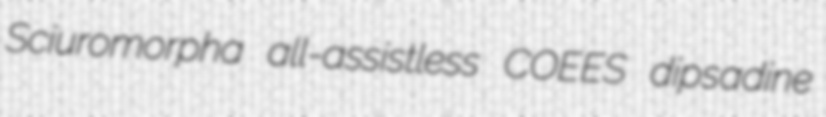
Sciuromorpha all-assistless COEES dipsadine